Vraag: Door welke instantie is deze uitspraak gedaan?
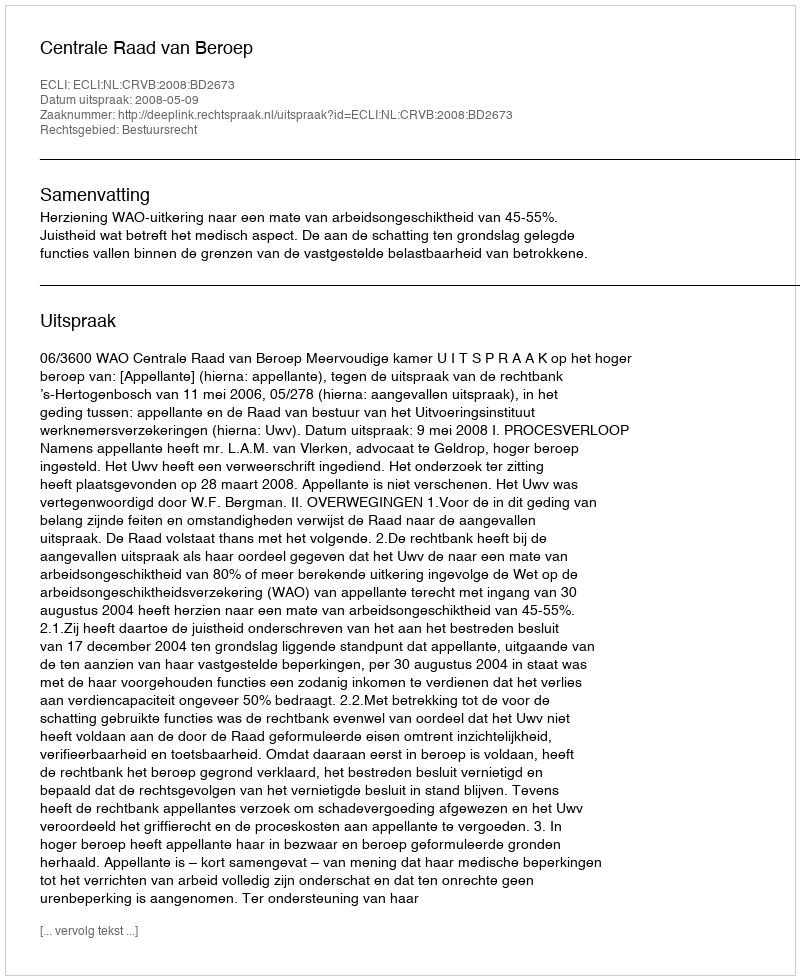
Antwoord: Centrale Raad van Beroep